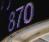
870